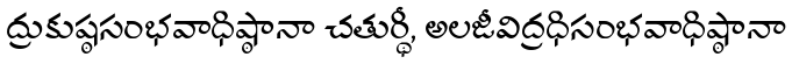
ద్రుకుష్ఠసంభవాధిష్ఠానా చతుర్థీ, అలజీవిద్రధిసంభవాధిష్ఠానా